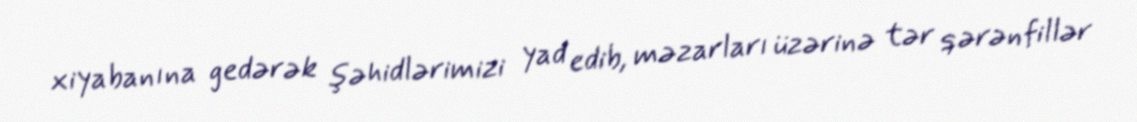
xiyabanına gedərək şəhidlərimizi yad edib, məzarları üzərinə tər qərənfillər